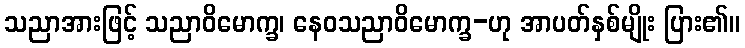
သညာအားဖြင့် သညာဝိမောက္ခ၊ နေဝသညာဝိမောက္ခ-ဟု အာပတ်နှစ်မျိုး ပြား၏။